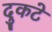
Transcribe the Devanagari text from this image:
दुकटे